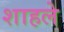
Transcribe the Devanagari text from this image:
शाहले